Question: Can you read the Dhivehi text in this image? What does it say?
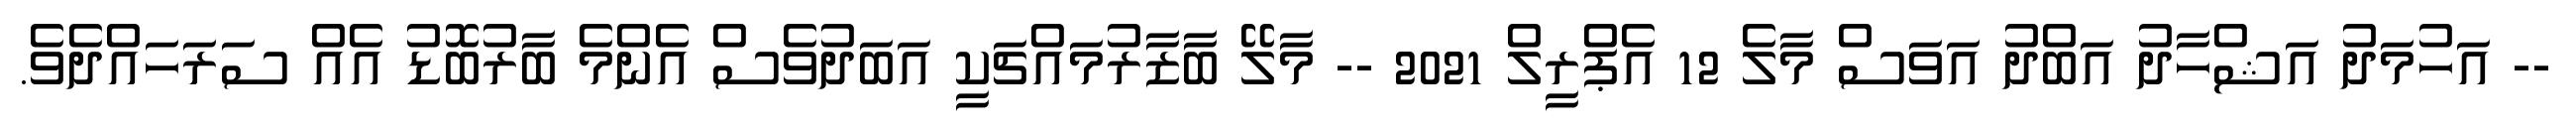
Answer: -- އަހުމަދު އަޝްހާދު އަބްދު އަވަސް މާލެ 12 އެޕްރީލް 2021 -- މާލޭ ބާޒާރުމައްޗަކީ އަބަދުވެސް އެންމެ ބާރުބޮޑު އެއް ސަރަހައްދެވެ.